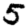
Digit: 5